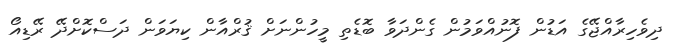
ދިވެހިރާއްޖޭގެ އަޑުން ފޮނުއްވަމުން ގެންދަވާ ބޮޑެތި މީހުންނަށް ޤުރްއާން ކިޔަވަން ދަސްކޮށްދޭ ރޭޑިއޯ